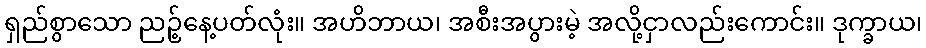
ရှည်စွာသော ညဉ့်နေ့ပတ်လုံး။ အဟိဘာယ၊ အစီးအပွားမဲ့ အလို့ငှာလည်းကောင်း။ ဒုက္ခာယ၊